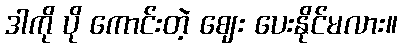
ဒါကို ပို ကောင်းတဲ့ ဈေး ပေးနိုင်မလား။